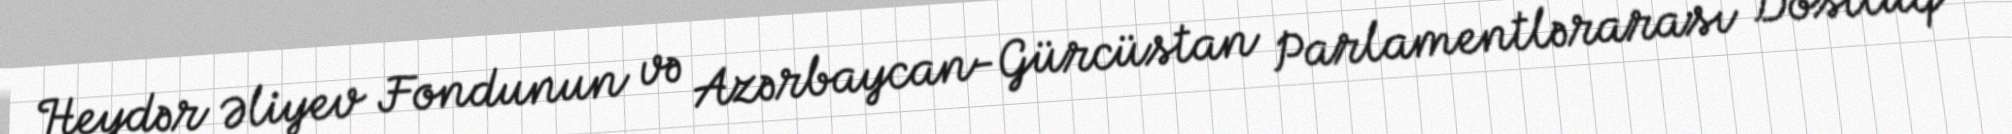
Heydər Əliyev Fondunun və Azərbaycan-Gürcüstan Parlamentlərarası Dostluq